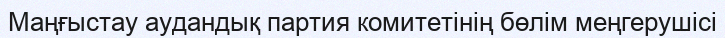
Маңғыстау аудандық партия комитетінің бөлім меңгерушісі